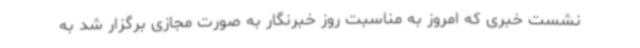
نشست خبری که امروز به مناسبت روز خبرنگار به صورت مجازی برگزار شد به